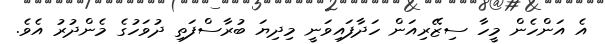
އެ އަންހެން މީހާ ސިޒޭރިއަން ހަދާފައިވަނީ މިދިޔަ ބުރާސްފަތި ދުވަހުގެ މެންދުރު އެވެ.